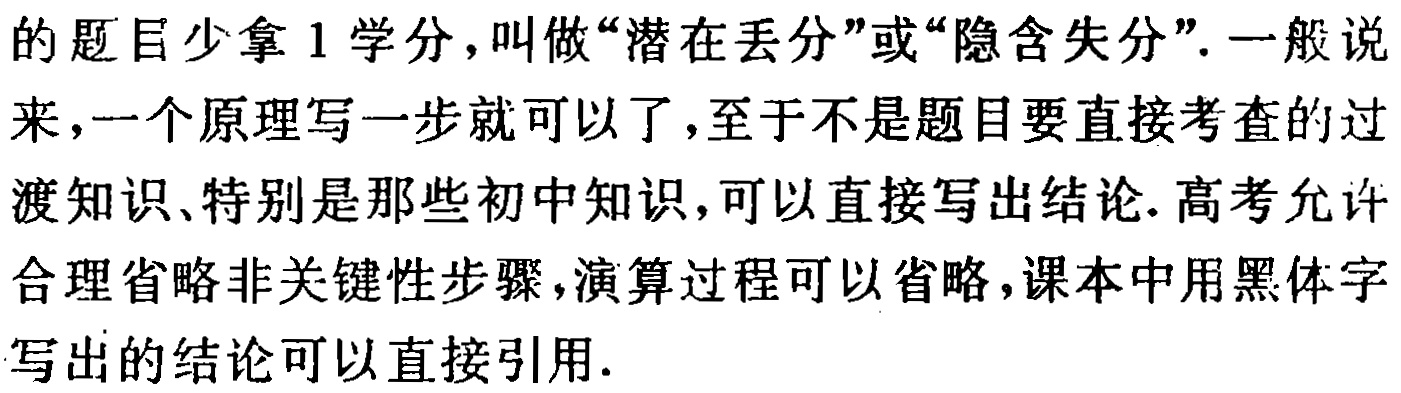
的题目少拿1学分，叫做“潜在丢分”或“隐含失分”. 一般说来，一个原理写一步就可以了，至于不是题目要直接考查的过渡知识、特别是那些初中知识，可以直接写出结论. 高考允许合理省略非关键性步骤，演算过程可以省略，课本中用黑体字写出的结论可以直接引用.